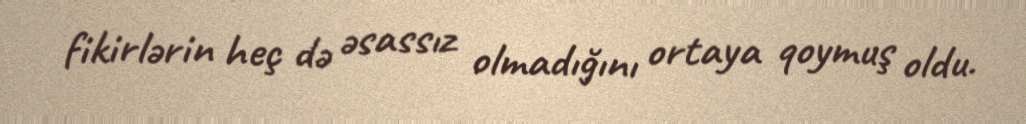
fikirlərin heç də əsassız olmadığını ortaya qoymuş oldu.